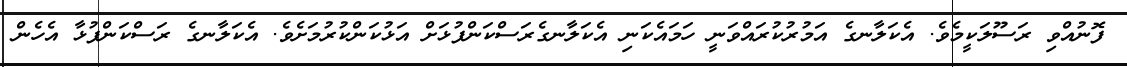
ފޮނުއްވި ރަސޫލަކީމެވެ. އެކަލާނގެ އަމުރުކުރައްވަނީ ހަމައެކަނި އެކަލާނގެރަސްކަންފުޅަށް އަޅުކަންކުރުމަށެވެ. އެކަލާނގެ ރަސްކަންފުޅާ އެހެން